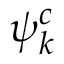
\psi _ { k } ^ { c }